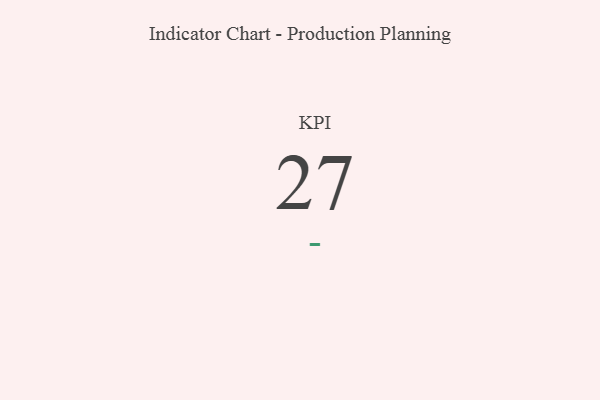
{"axis": {"x": "KPI", "y": "Value"}, "legend": [""], "data": [{"x": "KPI", "y": 27, "type": ""}]}